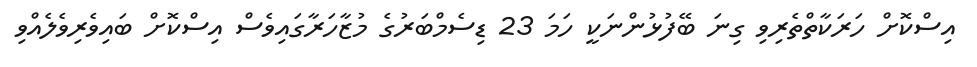
އިސްކޮށް ހަރަކާތްތެރިވި ގިނަ ބޭފުޅުންނަކީ ހަމަ 23 ޑިސެމްބަރުގެ މުޒާހަރާގައިވެސް އިސްކޮށް ބައިވެރިވެލެއްވި